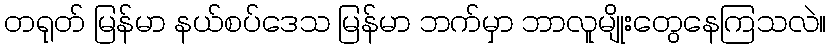
တရုတ် မြန်မာ နယ်စပ်ဒေသ မြန်မာ ဘက်မှာ ဘာလူမျိုးတွေနေကြသလဲ။